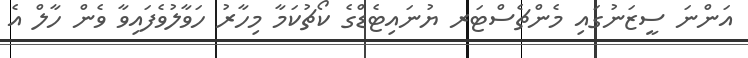
އަންނަ ސީޒަނުގައި މެންޗެސްޓަރ ޔުނައިޓެޑްގެ ކޯޗުކަމާ މިހާރު ހަވާލުވެފައިވާ ވެން ހާލް އެ